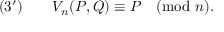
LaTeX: ( 3 ^ { \prime } ) \qquad V _ { n } ( P , Q ) \equiv P { \pmod { n } } .